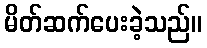
မိတ်ဆက်ပေးခဲ့သည်။